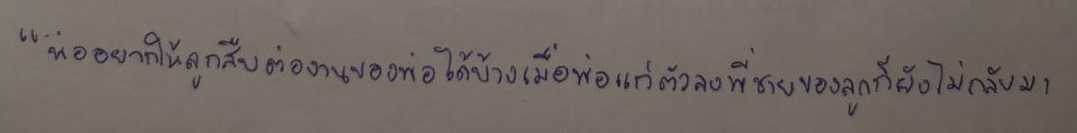
"พ่ออยากให้ลูกสืบต่องานของพ่อได้บ้างเมื่อพ่อแก่ตัวลงพี่ชายของลูกก็ยังไม่กลับมา